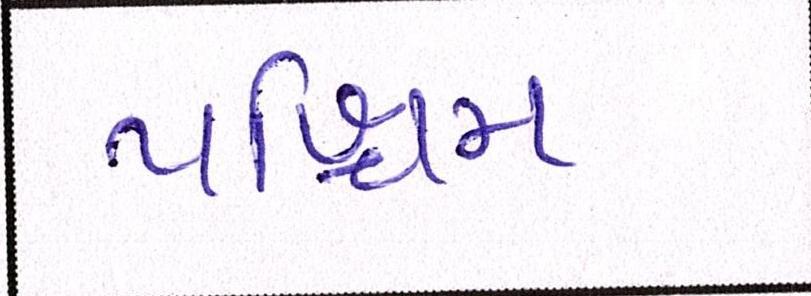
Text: પશ્ચિમ